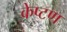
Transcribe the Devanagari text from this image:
केप्टण